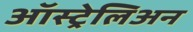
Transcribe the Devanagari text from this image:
ऑस्ट्रेलिअन